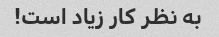
به نظر کار زیاد است!